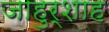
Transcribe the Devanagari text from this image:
जाहुर्शाह